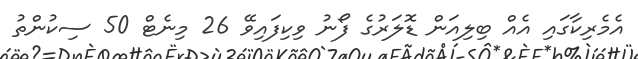
އެމެރިކާގައި އެއް ބިލިއަން ޑޮލަރުގެ ފޯނު ވިކިފައިވޭ 26 މިނެޓް 50 ސިކުންތު